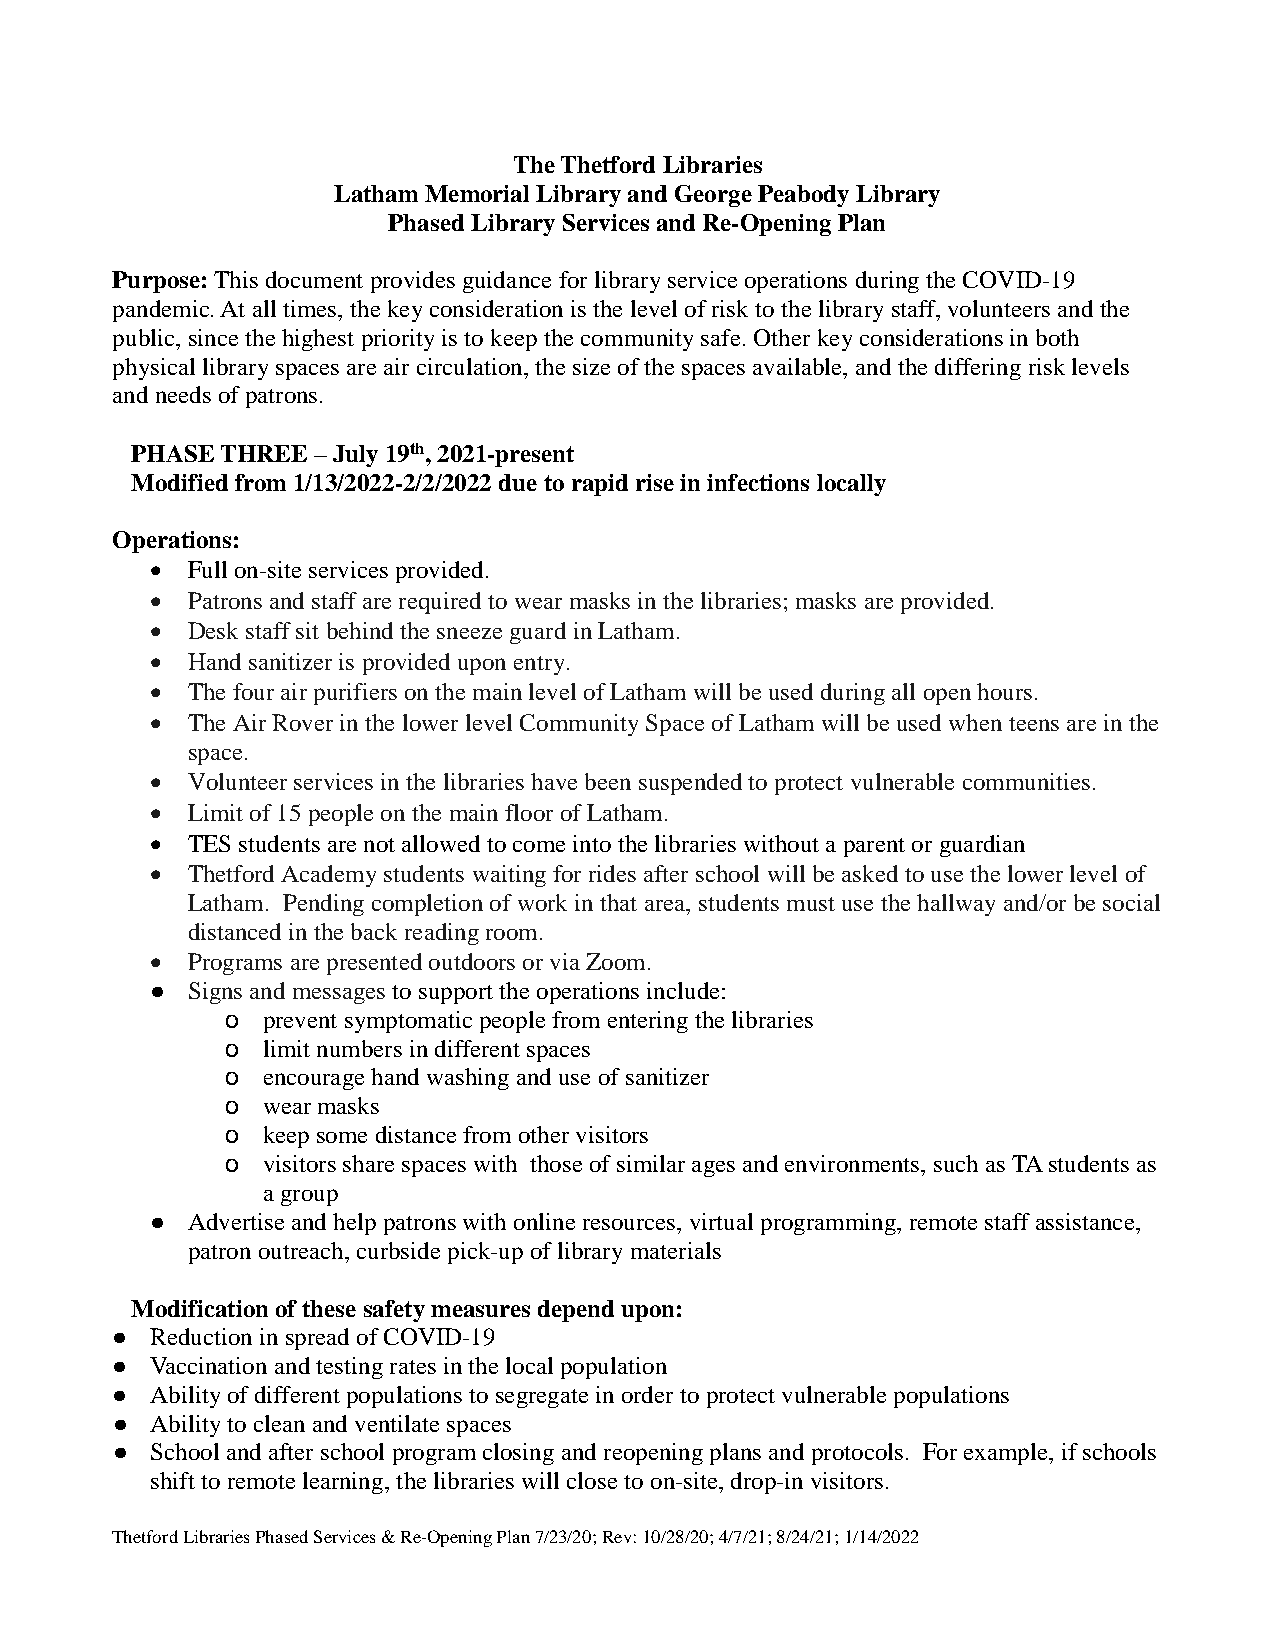
The Thetford Libraries
 Latham Memorial Library and George Peabody Library
 Phased Library Services and Re-Opening Plan
 Purpose: This document provides guidance for library service operations during the COVID-19
 pandemic. At all times, the key consideration is the level of risk to the library staff, volunteers and the
 public, since the highest priority is to keep the community safe. Other key considerations in both
 physical library spaces are air circulation, the size of the spaces available, and the differing risk levels
 and needs of patrons.
 PHASE THREE – July 19th, 2021-present
 Modified from 1/13/2022-2/2/2022 due to rapid rise in infections locally
 Operations:
 • Full on-site services provided.
 • Patrons and staff are required to wear masks in the libraries; masks are provided.
 • Desk staff sit behind the sneeze guard in Latham.
 • Hand sanitizer is provided upon entry.
 • The four air purifiers on the main level of Latham will be used during all open hours.
 • The Air Rover in the lower level Community Space of Latham will be used when teens are in the
 space.
 • Volunteer services in the libraries have been suspended to protect vulnerable communities.
 • Limit of 15 people on the main floor of Latham.
 • TES students are not allowed to come into the libraries without a parent or guardian
 • Thetford Academy students waiting for rides after school will be asked to use the lower level of
 Latham. Pending completion of work in that area, students must use the hallway and/or be social
 distanced in the back reading room.
 • Programs are presented outdoors or via Zoom.
 ● Signs and messages to support the operations include:
 o prevent symptomatic people from entering the libraries
 o limit numbers in different spaces
 o encourage hand washing and use of sanitizer
 o wear masks
 o keep some distance from other visitors
 o visitors share spaces with those of similar ages and environments, such as TA students as
 a group
 ● Advertise and help patrons with online resources, virtual programming, remote staff assistance,
 patron outreach, curbside pick-up of library materials
 Modification of these safety measures depend upon:
 ●  Reduction in spread of COVID-19
 ●  Vaccination and testing rates in the local population
 ●  Ability of different populations to segregate in order to protect vulnerable populations
 ●  Ability to clean and ventilate spaces
 ●  School and after school program closing and reopening plans and protocols. For example, if schools
 shift to remote learning, the libraries will close to on-site, drop-in visitors.
 Thetford Libraries Phased Services & Re-Opening Plan 7/23/20; Rev: 10/28/20; 4/7/21; 8/24/21; 1/14/2022